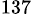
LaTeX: ^{137}